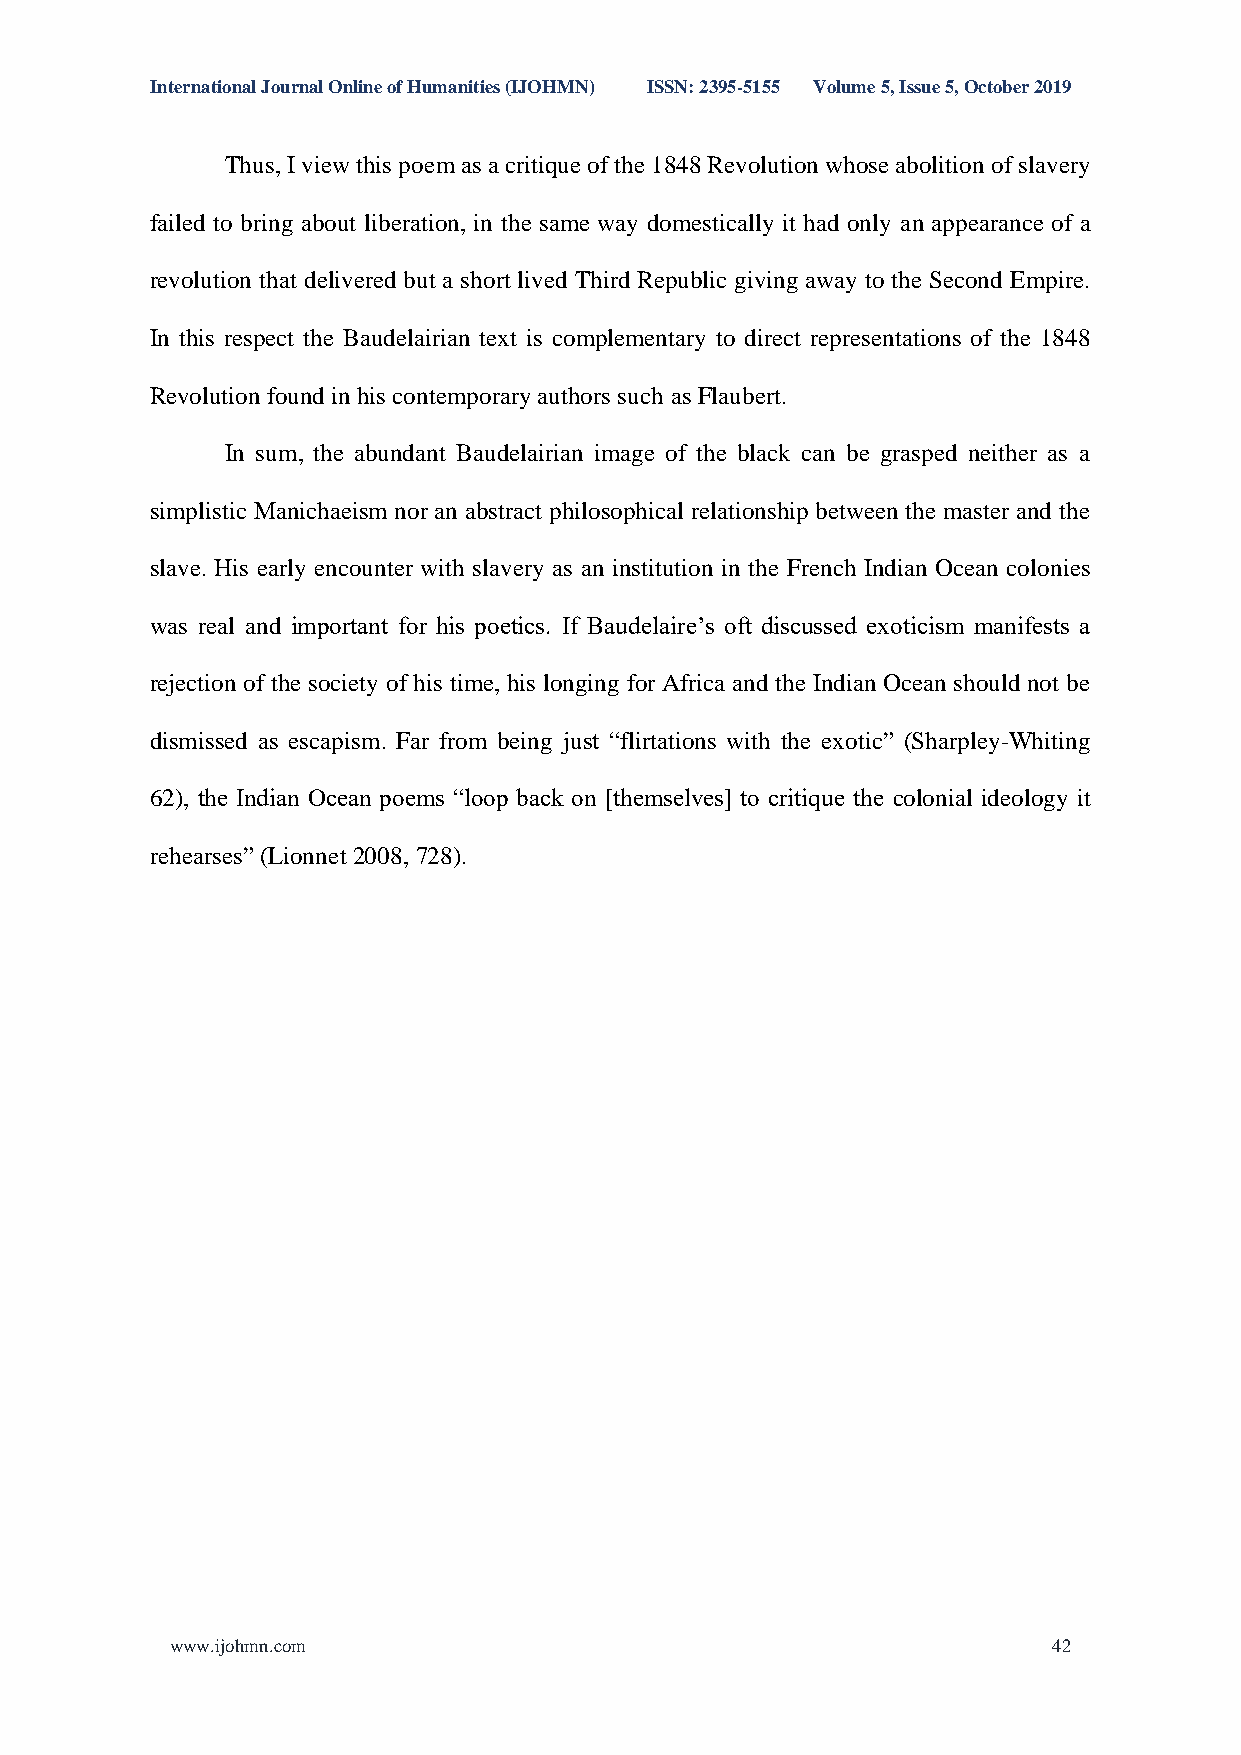
International Journal Online of Humanities (IJOHMN) ISSN: 2395-5155 Volume 5, Issue 5, October 2019
 Thus, I view this poem as a critique of the 1848 Revolution whose abolition of slavery
 failed to bring about liberation, in the same way domestically it had only an appearance of a
 revolution that delivered but a short lived Third Republic giving away to the Second Empire.
 In this respect the Baudelairian text is complementary to direct representations of the 1848
 Revolution found in his contemporary authors such as Flaubert.
 In sum, the abundant Baudelairian image of the black can be grasped neither as a
 simplistic Manichaeism nor an abstract philosophical relationship between the master and the
 slave. His early encounter with slavery as an institution in the French Indian Ocean colonies
 was real and important for his poetics. If Baudelaire’s oft discussed exoticism manifests a
 rejection of the society of his time, his longing for Africa and the Indian Ocean should not be
 dismissed as escapism. Far from being just “flirtations with the exotic” (Sharpley-Whiting
 62), the Indian Ocean poems “loop back on [themselves] to critique the colonial ideology it
 rehearses” (Lionnet 2008, 728).
 www.ijohmn.com                                             42